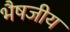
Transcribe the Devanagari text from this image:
भैषजीय